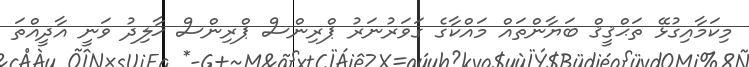
މިކަމާއިގުޅޭ ތަޙްޤީޤް ބަޔާންތައް މައްކާގެ ގަވަރުނަރު ޕްރިންސް ޕްރިންސް ޚާލިދު ވަނީ އާދީއްތަ